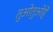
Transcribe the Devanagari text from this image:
तुओतुओहे